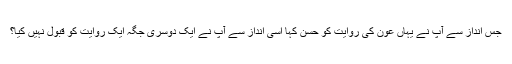
جس انداز سے آپ نے یہاں عون کی روایت کو حسن کہا اسی انداز سے آپ نے ایک دوسری جگہ ایک روایت کو قبول نہیں کیا؟